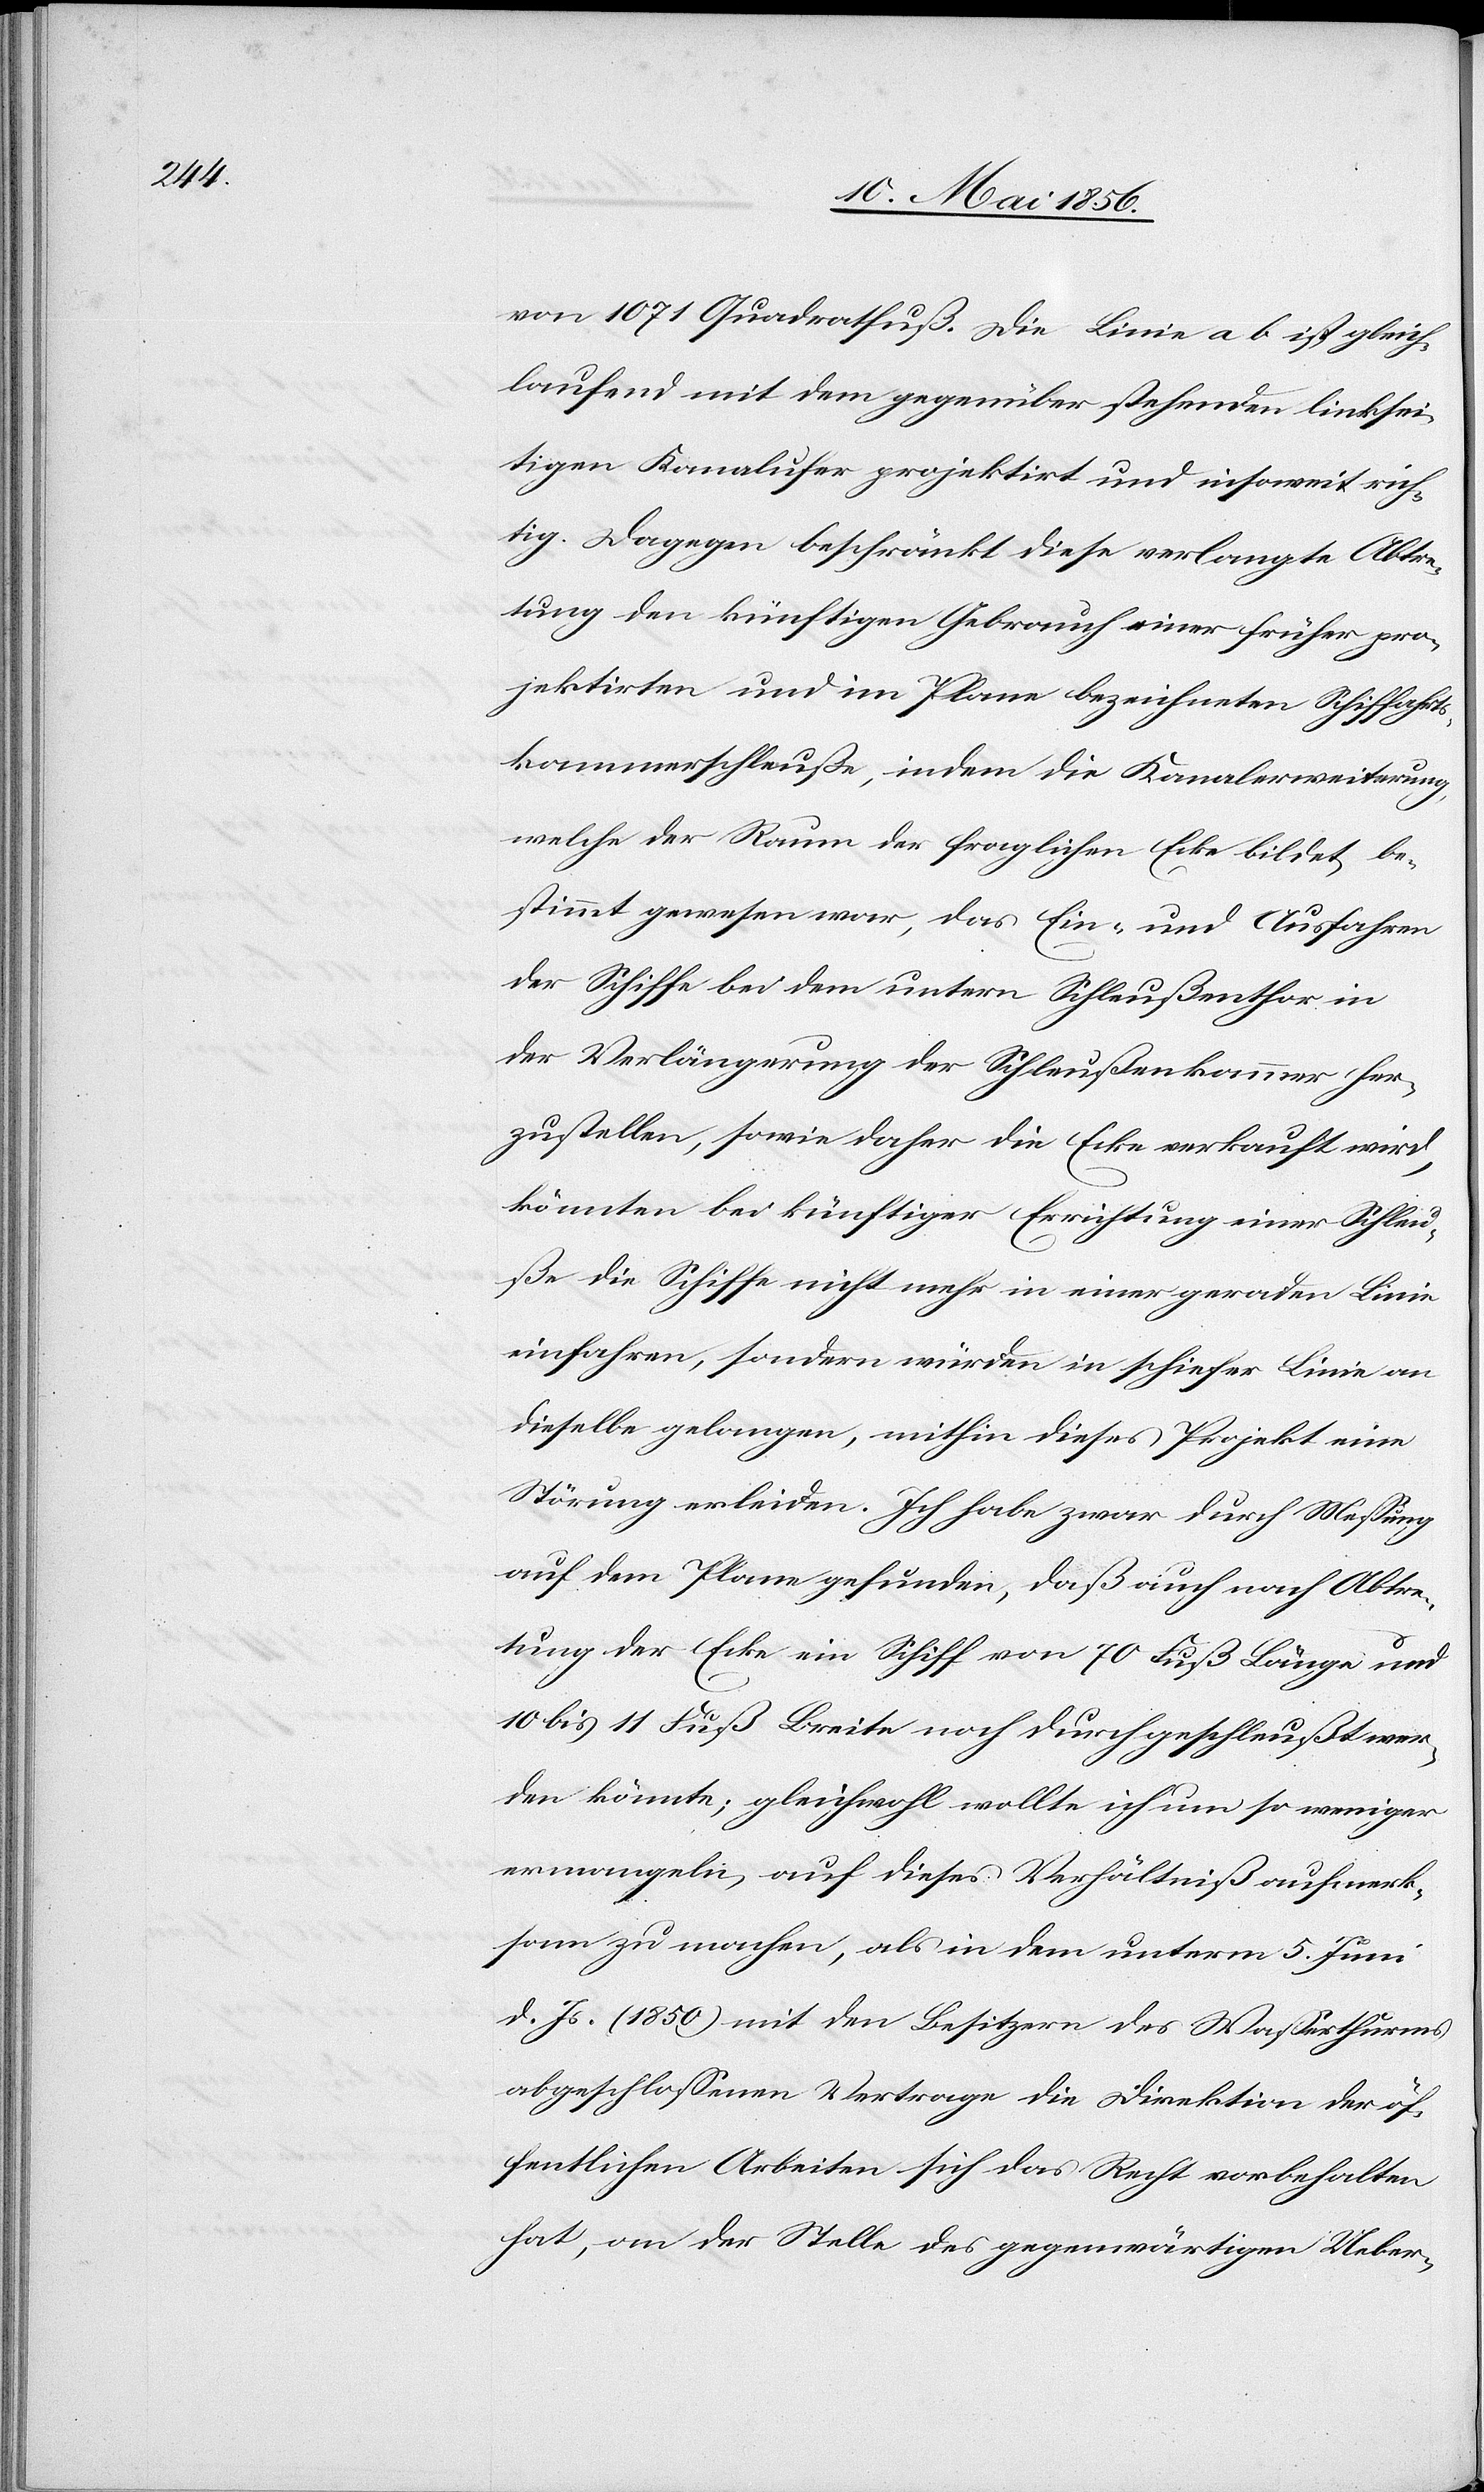
von 1071 Quadratfuß. Die Linie a b ist gleich¬
laufend mit dem gegenüber stehenden linkssei¬
tigen Kanalufer projektirt und insoweit rich¬
tig. Dagegen beschränkt diese verlangte Abtre¬
tung den künftigen Gebrauch einer früher pro¬
jektirten und im Plane bezeichneten Schiffahrts¬
kammerschleuße, indem die Kanalerweiterung,
welche der Raum der fraglichen Ecke bildet, be¬
stimmt gewesen war, das Ein- und Ausfahren
der Schiffe bei dem untern Schleußenthor in
der Verlängerung der Schleußenkammer her¬
zustellen, sowie daher die Ecke verkauft wird,
könnten bei künftiger Errichtung einer Schleu¬
ße die Schiffe nicht mehr in einer geraden Linie
einfahren, sondern würden in schiefer Linie an
dieselbe gelangen, mithin dieses Projekt eine
Störung erleiden. Ich habe zwar durch Messung
auf dem Plane gefunden, daß auch nach Abtre¬
tung der Ecke ein Schiff von 70 Fuß Länge und
10 bis 11 Fuß Breite noch durchgeschleußt wer¬
den könnte; gleichwohl wollte ich um so weniger
ermangeln, auf dieses Verhältnis aufmerk¬
sam zu machen, als in dem unterm 5. Juni
d. Js. (1850) mit den Besitzern des Wasserthurms
abgeschlossenen Vertrage die Direktion der öf¬
fentlichen Arbeiten sich das Recht vorbehalten
hat, an der Stelle des gegenwärtigen Ueber-